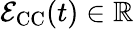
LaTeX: \mathcal{E}_{\mathrm{CC}}(t)\in\mathbb{R}